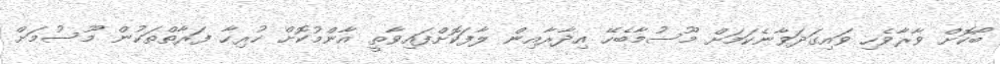
ބޯކޮށް ވާރާވެހި ވައިގަދަވާނެކަމަށް މޫސުމާބެހޭ އިދާރާއިން ލާފަކޮށްފައިވާތީ އާންމުކޮށް ހުރިހާ ފަރާތްތަކުން މޫސުމަށް